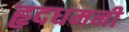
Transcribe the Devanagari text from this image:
हृदधमनी